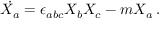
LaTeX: \dot { X _ { a } } = \epsilon _ { a b c } X _ { b } X _ { c } - m X _ { a } \, . ~ ~